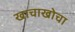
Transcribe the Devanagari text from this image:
खाचाखोचा